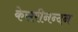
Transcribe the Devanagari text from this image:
केसरीनन्दन